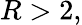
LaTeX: R>2,